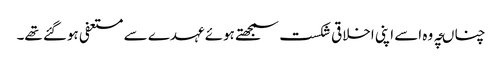
چناںچہ وہ اسے اپنی اخلاقی شکست سمجھتے ہوئے عہدے سے مستعفی ہوگئے تھے۔